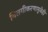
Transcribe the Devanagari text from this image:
विलगीकरणामुळेही